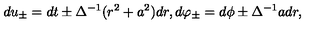
d u _ { \pm } = d t \pm \Delta ^ { - 1 } ( r ^ { 2 } + a ^ { 2 } ) d r , d \varphi _ { \pm } = d \phi \pm \Delta ^ { - 1 } a d r ,